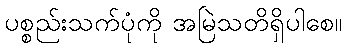
ပစ္စည်းသက်ပုံကို အမြဲသတိရှိပါစေ။